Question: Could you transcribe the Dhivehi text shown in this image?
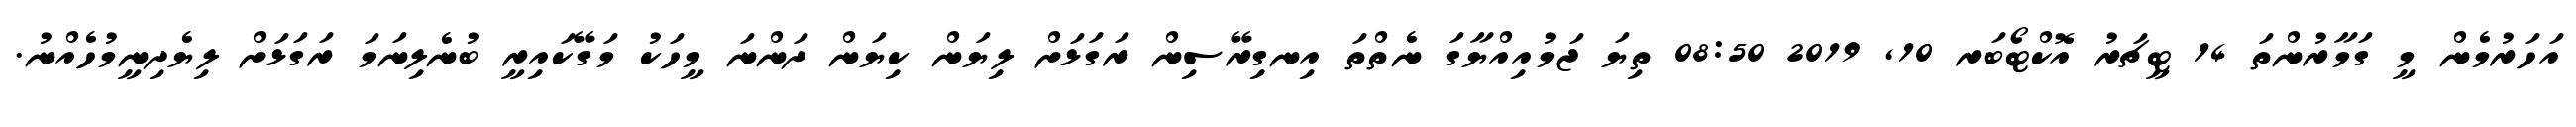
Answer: އަހަރުމެން މީ ގަމާރުންތަ 14 ޓީޗަރު އޮކްޓޯބަރ 10, 2019 08:50 ތިޔަ ޖަމުއިއްޔާގަ ނެތްތަ އިނގިރޭސިން ރަގަޅަށް ލިޔަން ކިޔަން ދަންނަ މީހަކު މަގޭކައިރީ ބުނެލިނަމަ ރަގަޅަށް ލިޔެދިނީމުހެއްނު.